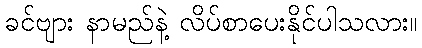
ခင်ဗျား နာမည်နဲ့ လိပ်စာပေးနိုင်ပါသလား။